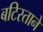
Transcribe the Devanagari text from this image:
बटिस्ताने